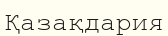
Қазақдария